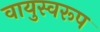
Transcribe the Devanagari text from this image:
वायुस्वरूप